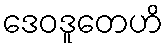
ဒေဝဒူတေဟိ